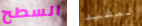
السطح المفيد